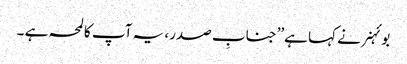
بوئہنر نے کہا ہے’’جنابِ صدر، یہ آپ کا لمحہ ہے ۔